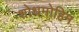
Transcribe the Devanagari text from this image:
शोधमोहिम